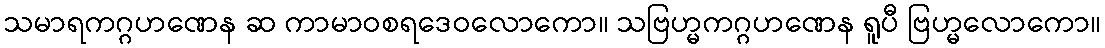
သမာရကဂ္ဂဟဏေန ဆ ကာမာဝစရဒေဝလောကော။ သဗြဟ္မကဂ္ဂဟဏေန ရူပီ ဗြဟ္မလောကော။